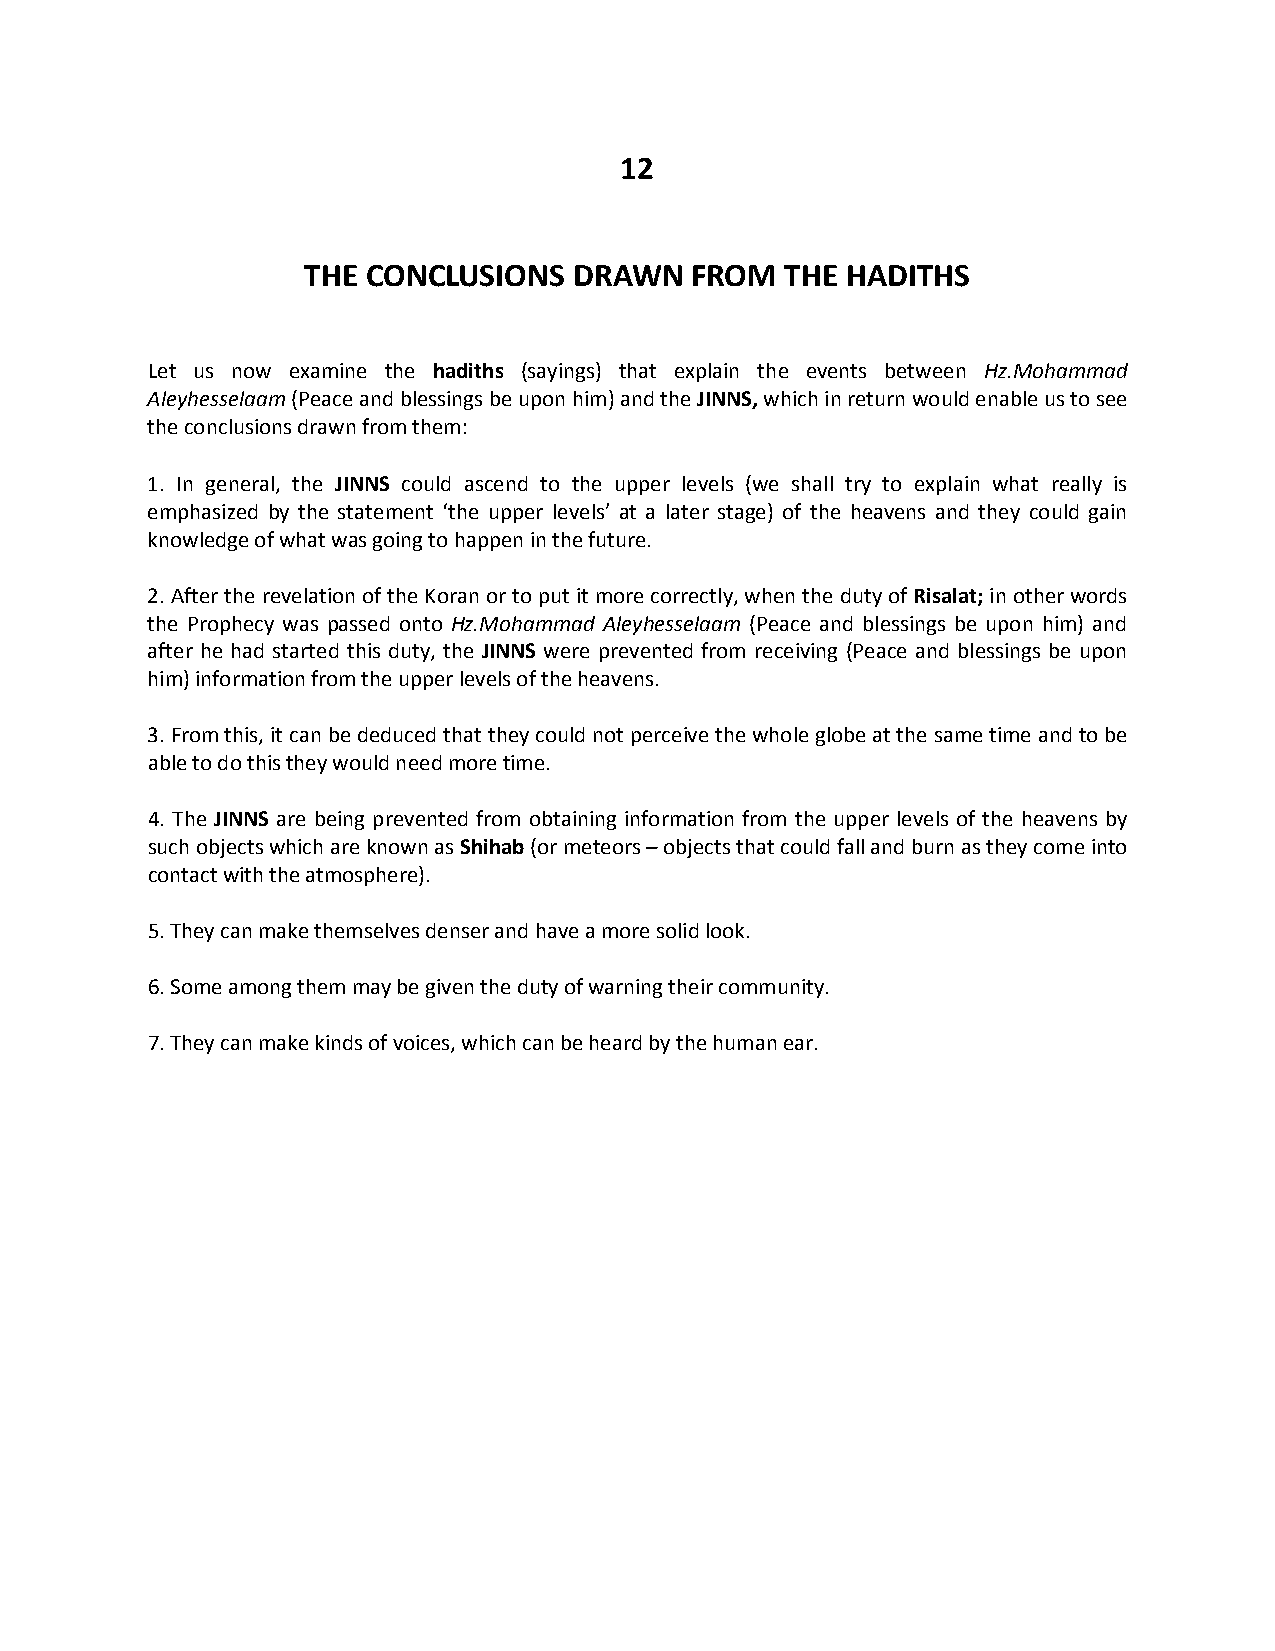
12
 THE CONCLUSIONS   DRAWN   FROM  THE HADITHS
 Let us now examine the hadiths (sayings) that explain the events between Hz.Mohammad
 Aleyhesselaam (Peace and blessings be upon him) and the JINNS, which in return would enable us to see
 the conclusions drawn from them:
 1. In general, the JINNS could ascend to the upper levels (we shall try to explain what really is
 emphasized by the statement ‘the upper levels’ at a later stage) of the heavens and they could gain
 knowledge of what was going to happen in the future.
 2. After the revelation of the Koran or to put it more correctly, when the duty of Risalat; in other words
 the Prophecy was passed onto Hz.Mohammad Aleyhesselaam (Peace and blessings be upon him) and
 after he had started this duty, the JINNS were prevented from receiving (Peace and blessings be upon
 him) information from the upper levels of the heavens.
 3. From this, it can be deduced that they could not perceive the whole globe at the same time and to be
 able to do this they would need more time.
 4. The JINNS are being prevented from obtaining information from the upper levels of the heavens by
 such objects which are known as Shihab (or meteors – objects that could fall and burn as they come into
 contact with the atmosphere).
 5. They can make themselves denser and have a more solid look.
 6. Some among them may be given the duty of warning their community.
 7. They can make kinds of voices, which can be heard by the human ear.